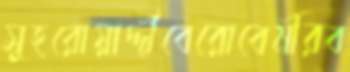
সুহরোয়ার্দ্দীবেরোবেমীরব